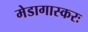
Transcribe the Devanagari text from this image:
मेडागास्करः